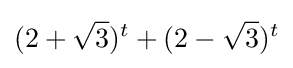
(2+{\sqrt {3}})^{t}+(2-{\sqrt {3}})^{t}